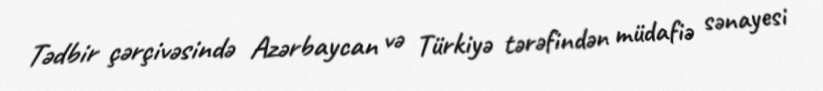
Tədbir çərçivəsində Azərbaycan və Türkiyə tərəfindən müdafiə sənayesi